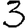
Digit: 3